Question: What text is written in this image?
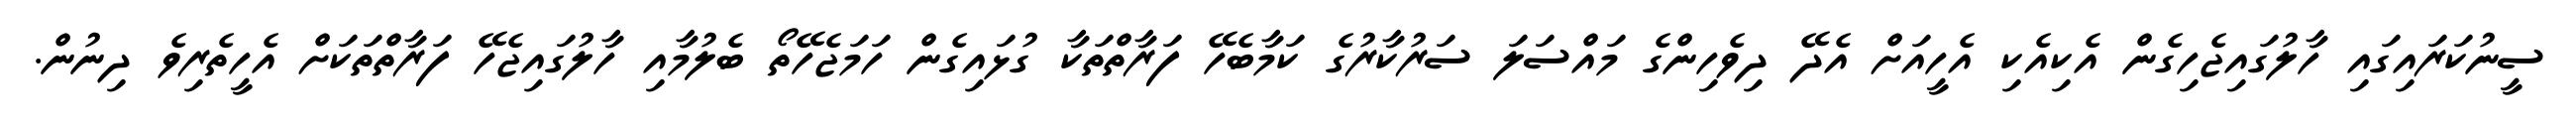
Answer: ސީނުކަރައިގައި ހާލުގައިޖެހިގެން އެކިއެކި އެހީއަށް އެދޭ ދިވެހިންގެ މައްސަލަ ސަރުކާރުގެ ކަމާބެހޭ ފަރާތްތަކާ ގުޅައިގެން ހަމަޖެހޭތޯ ބެލުމާއި ހާލުގައިޖެހޭ ފަރާތްތަކަށް އެހީތެރިވެ ދިނުން.